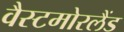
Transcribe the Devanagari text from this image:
वैस्टमोरलैंड